Vaccination in Burma 1920-1933 - 1920-1933
Year: 1920
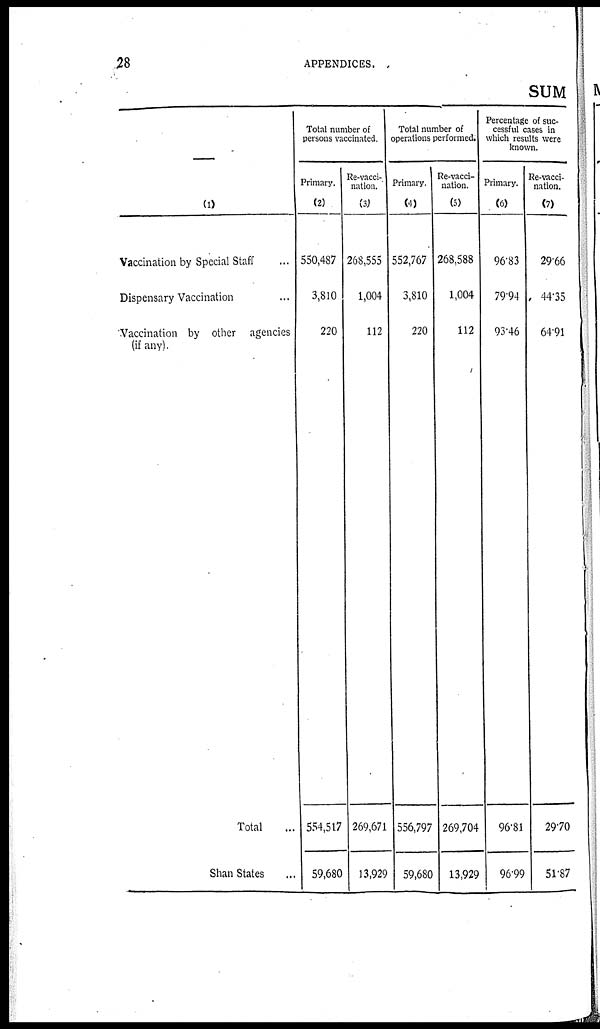
28
APPENDICES.
SUM
(1)
Vaccination by Special Staff ...
Dispensary Vaccination ...
Vaccination by other agencies
(if any).
Total ...
Shan States ...
Total number of
persons vaccinated.
Primary.
(2)
550,487
3,810
220
554,517
59,680
Re-vacci-
nation.
(3)
268,555
1,004
112
269,671
13,929
Total number of
operations performed.
Primary.
(4)
552,767
3,810
220
556,797
59,680
Re-vacci-
nation.
(5)
268,588
1,004
112
269,704
13,929
Percentage of suc-
cessful cases in
which results were
known.
Primary.
(6)
96.83
79.94
93.46
96.81
96.99
Re-vacci-
nation.
(7)
29.66
44.35
64.91
29.70
51.87